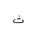
Letter: _tha